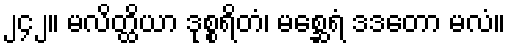
၂၄၂။ မလိတ္ထိယာ ဒုစ္စရိတံ၊ မစ္ဆေရံ ဒဒတော မလံ။